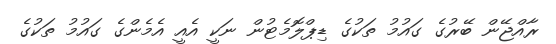
ރާއްޖޭން ބޭރުގެ ގައުމު ތަކުގެ ޑިޕްލޮމެޓުން ނަކީ އެއީ އެމެންގެ ގައުމު ތަކުގެ